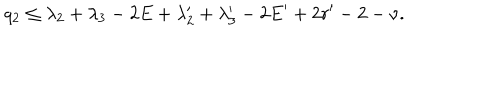
LaTeX: q _ { 2 } \le \lambda _ { 2 } + \lambda _ { 3 } - 2 E + \lambda _ { 2 } ^ { \prime } + \lambda _ { 3 } ^ { \prime } - 2 E ^ { \prime } + 2 r ^ { \prime } - 2 - \nu .